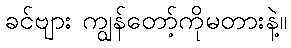
ခင်ဗျား ကျွန်တော့်ကိုမတားနဲ့။